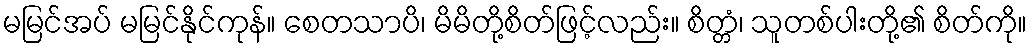
မမြင်အပ် မမြင်နိုင်ကုန်။ စေတသာပိ၊ မိမိတို့စိတ်ဖြင့်လည်း။ စိတ္တံ၊ သူတစ်ပါးတို့၏ စိတ်ကို။